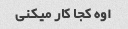
اوه کجا کار میکنی